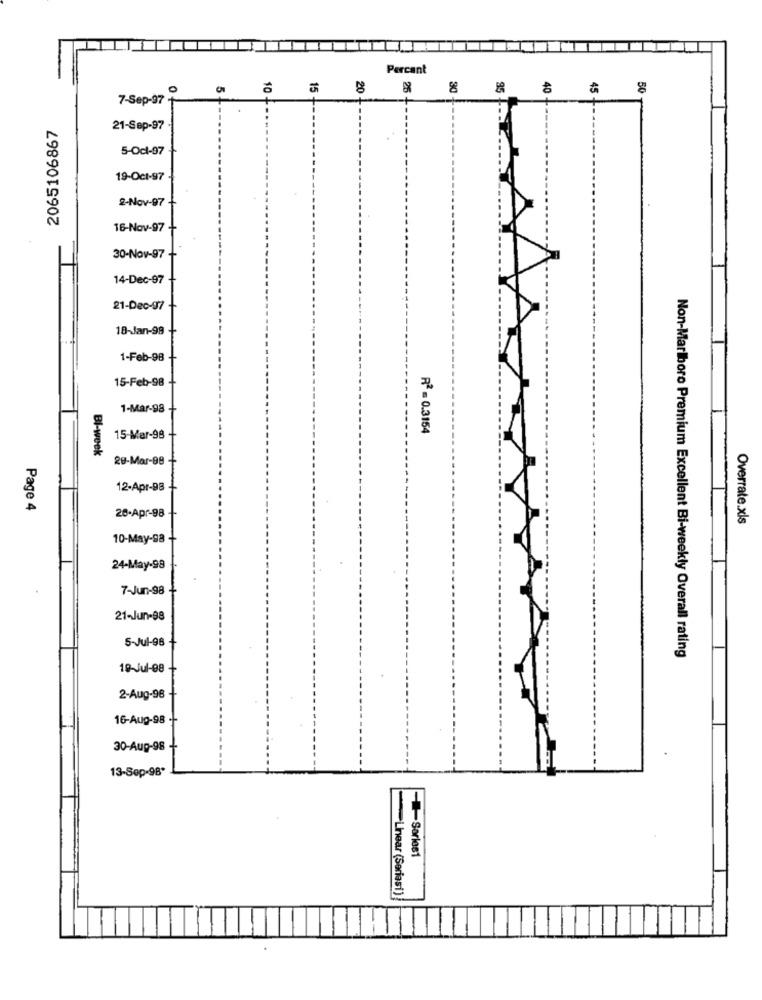
Percant
20
25
... . .
7-Sep-97 +
2065106867
21-Sep-97
5-Ocl-97
19-Oct-97
2-Nov-97
16-Nov-97
30-Nov-97
14-Dec-97
21-Dec-97
18-Jan-98
1-Feb-98
15-Feb-98
1-Mar-98
R2 = 0.3154
15-Mar-98
Bl-week
29-Mar-99
12-Apr-98
Page 4
28-Apr-98
Overrate.xls
10-May-98
24-May-98
7-Jun-98
21-Jun-98
5-Jul-98
Non-Marlboro Premium Excellent Bi-weekly Overall rating
19-Jul-08
2-Aug-96
16-Aug-98 -
30-Aug-98
13-Sep-98º
=Sorles1
-Linear (Seriesi)